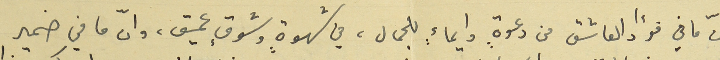
انّ ما في فؤاد العاشق من دعوةٍ وايماءٍ للجمال، في شهوةٍ وشوقٍ عميق، وانّ ما في ضمير